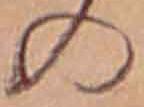
の